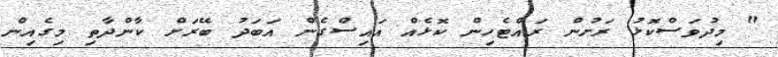
" މިދުވަސްކޮޅު ރަށުން ރައްޓެހިން ކޮޅެއް އައިސްގެން އަބަދު ބޭރަށް ކާންދާތި މިގެއިން